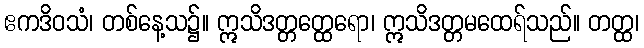
ဧကဒိဝသံ၊ တစ်နေ့သ၌။ ဣသိဒတ္တတ္ထေရော၊ ဣသိဒတ္တမထေရ်သည်။ တတ္ထ၊